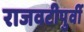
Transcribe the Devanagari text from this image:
राजवटीपुर्वी